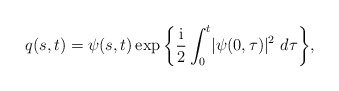
\begin{align*}q(s,t)=\psi(s,t) \exp \bigg\{ \frac{{\rm i}}{2}\int^{t}_{0}\lvert \psi(0,\tau )\rvert ^{2} \ d\tau\bigg\},\end{align*}